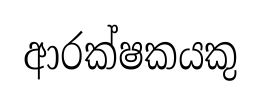
ආරක්ෂකයකු